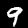
Label: 9